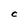
Character: C